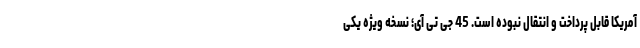
آمریکا قابل پرداخت و انتقال نبوده است. 45 جی تی آی؛ نسخه ویژه یکی